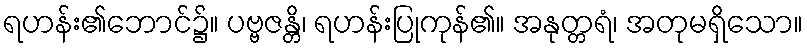
ရဟန်း၏ဘောင်၌။ ပဗ္ဗဇန္တိ၊ ရဟန်းပြုကုန်၏။ အနုတ္တရံ၊ အတုမရှိသော။